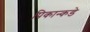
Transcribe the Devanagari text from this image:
पिकान्कडे